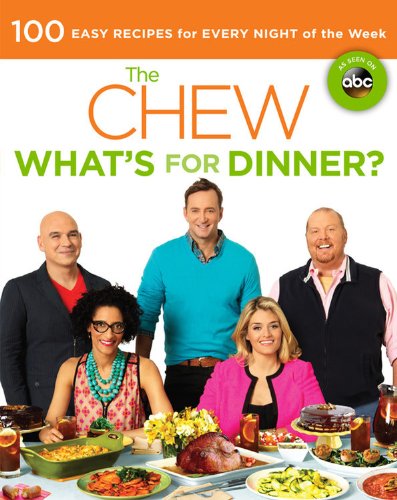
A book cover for The Chew: What's for Dinner?: 100 Easy Recipes for Every Night of the Week; The Chew; Cookbooks, Food & Wine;